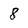
Character: 8